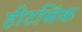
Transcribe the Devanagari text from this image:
हीटसिंक